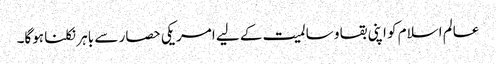
عالم اسلام کو اپنی بقا و سالمیت کے لیے امریکی حصار سے باہر نکلنا ہوگا۔